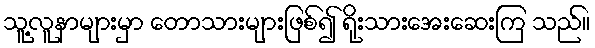
သူ့လူနာများမှာ တောသားများဖြစ်၍ ရိုးသားအေးဆေးကြ သည်။